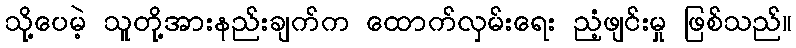
သို့ပေမဲ့ သူတို့အားနည်းချက်က ထောက်လှမ်းရေး ညံ့ဖျင်းမှု ဖြစ်သည်။